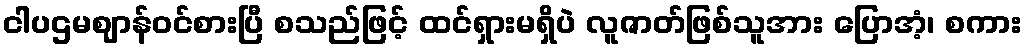
ငါပဌမဈာန်ဝင်စားပြီ စသည်ဖြင့် ထင်ရှားမရှိပဲ လူဇာတ်ဖြစ်သူအား ပြောအံ့၊ စကား